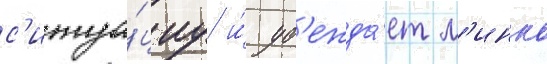
с'итуа́циу и́ уб'ежда́ет м'инко